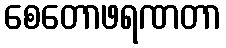
စေတောဖရဏတာ